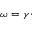
\omega = \gamma \cdot